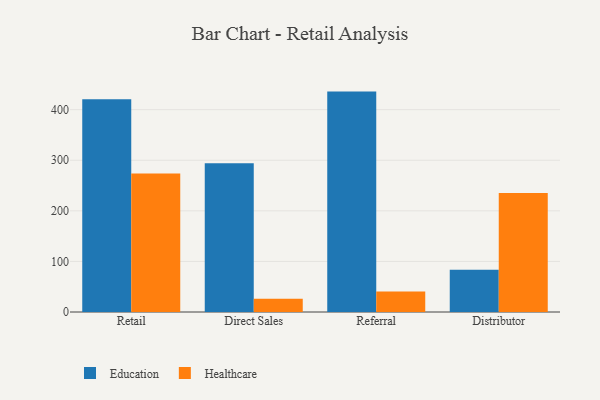
{"axis": {"x": "Channel", "y": "Website Visitors"}, "legend": ["Education", "Healthcare"], "data": [{"x": "Retail", "y": 420.5, "type": "Education"}, {"x": "Retail", "y": 273.6, "type": "Healthcare"}, {"x": "Direct Sales", "y": 294.0, "type": "Education"}, {"x": "Direct Sales", "y": 26.0, "type": "Healthcare"}, {"x": "Referral", "y": 435.7, "type": "Education"}, {"x": "Referral", "y": 40.4, "type": "Healthcare"}, {"x": "Distributor", "y": 83.4, "type": "Education"}, {"x": "Distributor", "y": 235.1, "type": "Healthcare"}]}